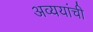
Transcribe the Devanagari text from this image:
अव्ययांची